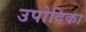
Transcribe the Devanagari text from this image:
उपोदिका